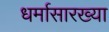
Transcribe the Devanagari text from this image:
धर्मासारख्या